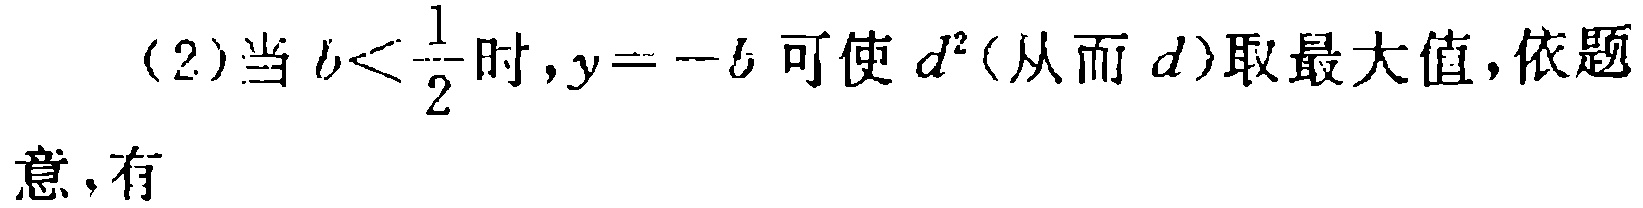
(2)当 \(b<\frac{1}{2}\) 时，\(y = -b\) 可使 \(d^{2}\)（从而 \(d\)）取最大值，依题意，有